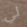
لي